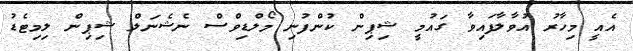
އެއީ މިހާރު އުވާލާފައިވާ ގައުމީ ޝިޕިން ކުންފުނި މޯލްޑިވްސް ނެޝެނަލް ޝިޕިން ލިމިޓެޑު